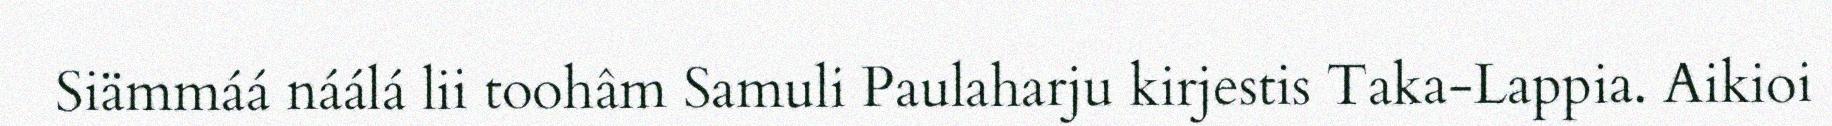
Siämmáá náálá lii toohâm Samuli Paulaharju kirjestis Taka-Lappia. Aikioi